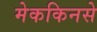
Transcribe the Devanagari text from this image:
मेककिनसे